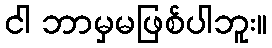
ငါ ဘာမှမဖြစ်ပါဘူး။